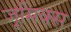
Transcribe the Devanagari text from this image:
जूमिक्स